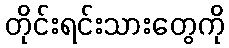
တိုင်းရင်းသားတွေကို